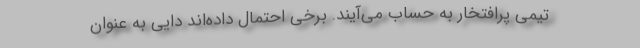
تیمی پرافتخار به حساب می‌آیند. برخی احتمال داده‌اند دایی به عنوان